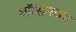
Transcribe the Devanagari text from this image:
थॉम्सनच्या